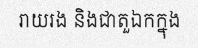
រាយរង និងជាតួឯកក្នុង